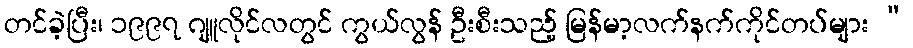
တင်ခဲ့ပြီး၊ ၁၉၉၇ ဂျူလိုင်လတွင် ကွယ်လွန် ဦးစီးသည့် မြန်မာ့လက်နက်ကိုင်တပ်များ “